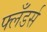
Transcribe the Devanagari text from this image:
फ्लँडर्स